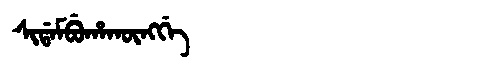
Manchu: ᠰᡳᡩᠠᠮᠪᡠᡥᠠᡴᡡᠩᡤᡝ
Romanization: SIDAMBUHAKŪNGGE